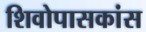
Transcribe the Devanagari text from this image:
शिवोपासकांस